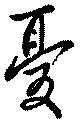
憂